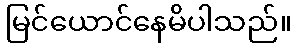
မြင်ယောင်နေမိပါသည်။